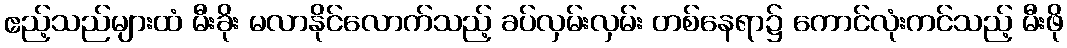
ဧည့်သည်များထံ မီးခိုး မလာနိုင်လောက်သည့် ခပ်လှမ်းလှမ်း တစ်နေရာ၌ ကောင်လုံးကင်သည့် မီးဖို